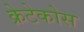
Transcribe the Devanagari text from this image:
क्रेटेकोस